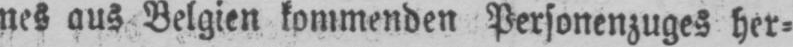
nes aus Belgien kommenden Personenzuges her⸗